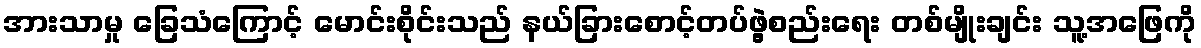
အားသာမှု ခြေသံကြောင့် မောင်းစိုင်းသည် နယ်ခြားစောင့်တပ်ဖွဲ့စည်းရေး တစ်မျိုးချင်း သူ့အဖြေကို